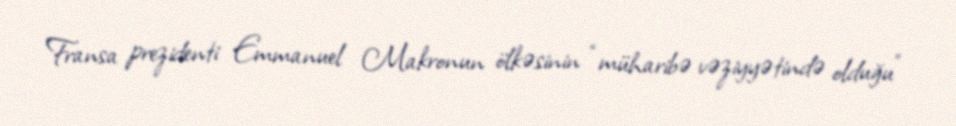
Fransa prezidenti Emmanuel Makronun ölkəsinin “müharibə vəziyyətində olduğu”